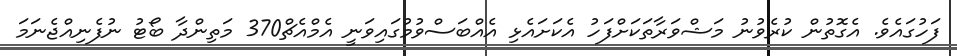
ފަހުގައެވެ. އެގޮތުން ކުރެވުނު މަޝްވަރާތަކަށްފަހު އެކަށައެޅި އެއްބަސްވުމުގައިވަނީ އެމްއެޗް370 މަތިންދާ ބޯޓު ނުފެނިއްޖެނަމަ